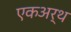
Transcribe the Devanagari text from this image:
एकअर्थ